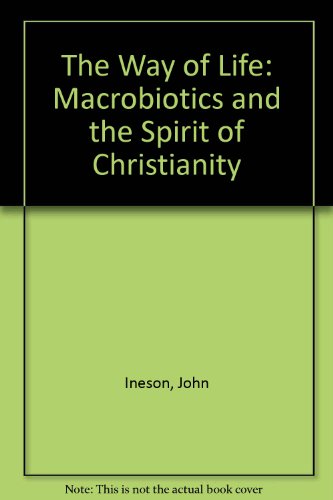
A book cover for The Way of Life: Macrobiotics and the Spirit of Christianity; John Ineson; Health, Fitness & Dieting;